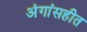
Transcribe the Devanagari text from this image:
अंगांसहीत